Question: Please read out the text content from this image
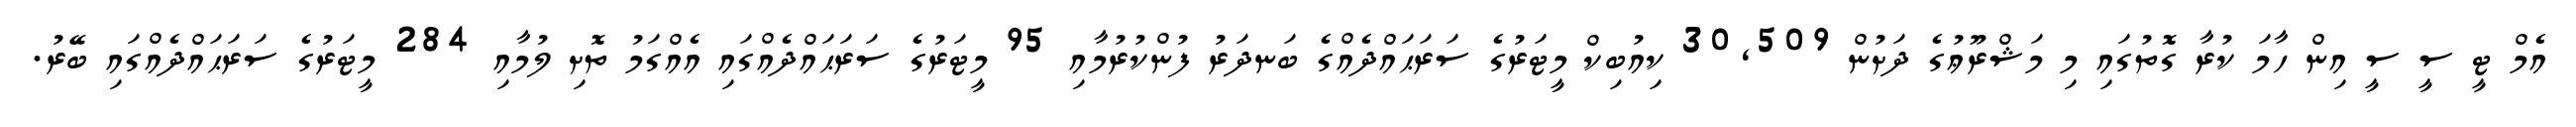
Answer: އެމް ޓީ ސީ ސީ އިން ހާމަ ކުރާ ގޮތުގައި މި މަޝްރޫޢުގެ ދަށުން 30,509 ކިއުބިކް މީޓަރުގެ ސަރަޙައްދެއްގެ ބަނދަރު ފުންކުރުމާއި 95 މީޓަރުގެ ސަރަޙައްދެއްގައި އެއްގަމު ތޮށި ލުމާއި 284 މީޓަރުގެ ސަރަޙައްދެއްގައި ބޭރު.